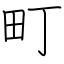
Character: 町